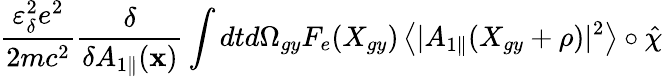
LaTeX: \frac{\varepsilon_{\delta}^{2}e^{2}}{2mc^{2}}\frac{\delta}{\delta A_{1\parallel}(\textbf{x})}\int dtd\Omega_{gy}F_{e}(X_{gy})\left\langle|{A}_{1\parallel}(X_{gy}+\rho)|^{2}\right\rangle\circ\hat{\chi}